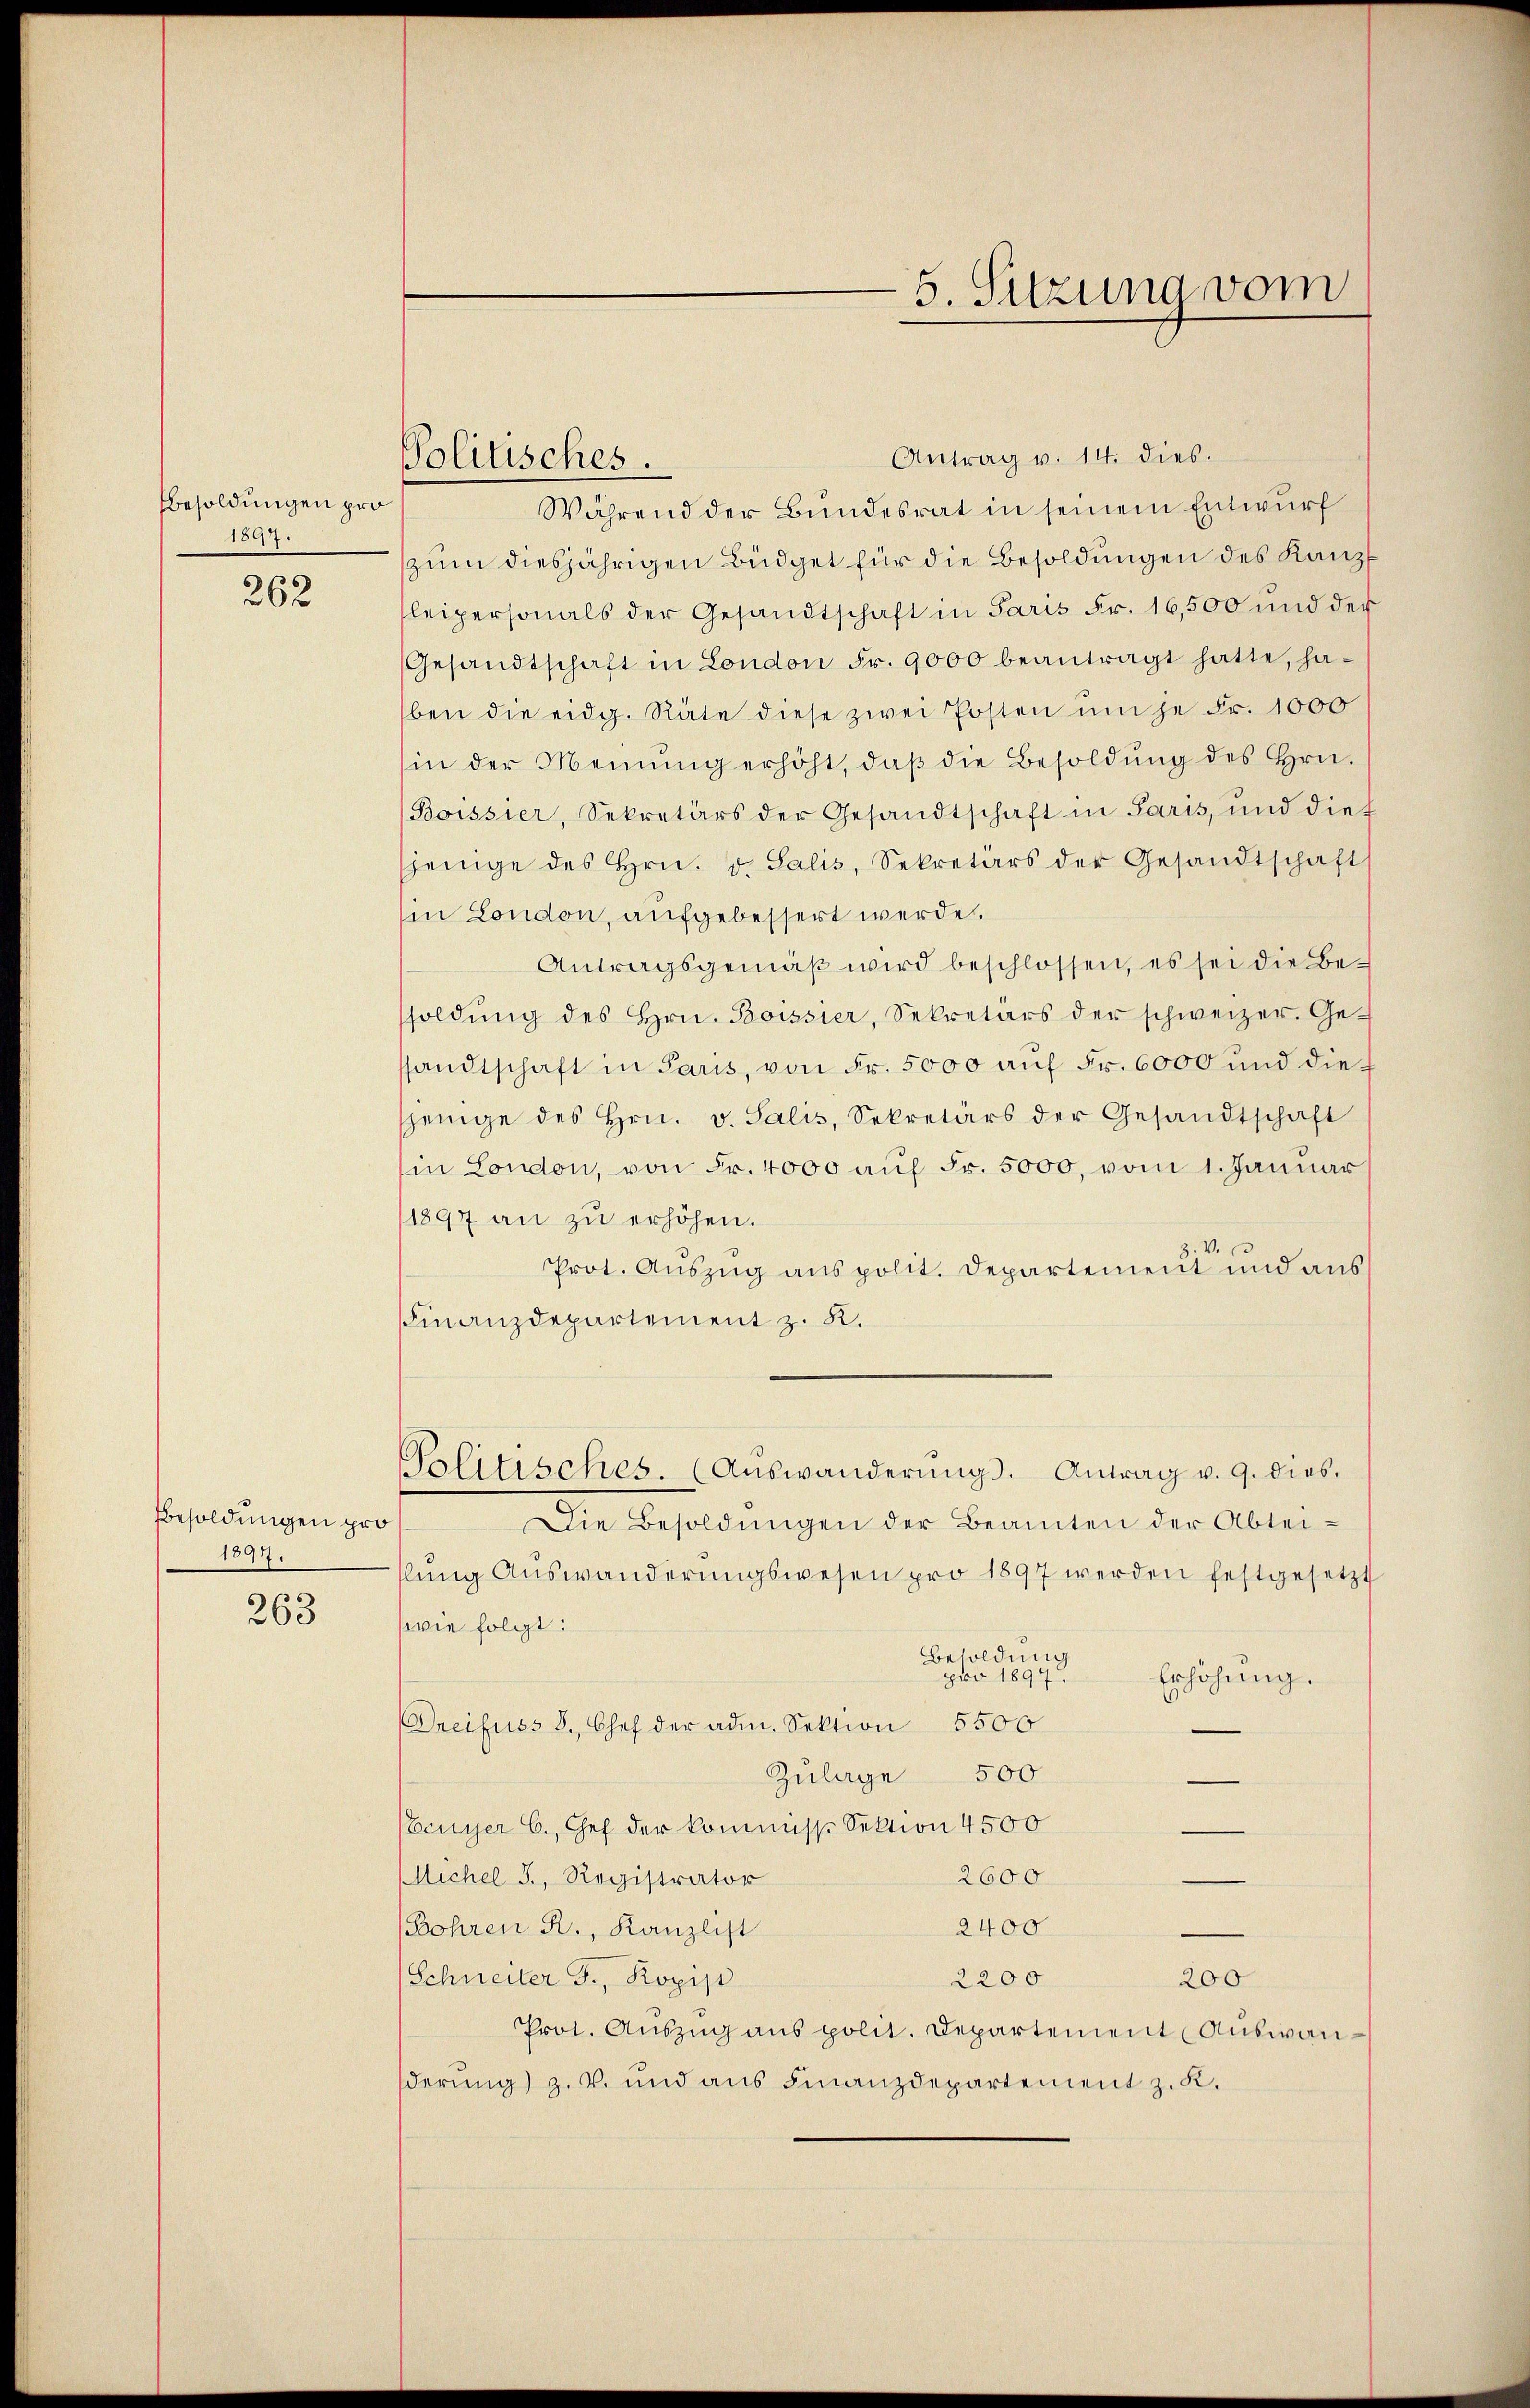
Besoldungen pro
1847.

262

Besoldungen pro
1897.

263

Politisches.

5. Sitzung vom

Antrag v. 14. dies.
Während der Bundesrat in seinem Entwurf
zŭm diesjährigen Büdget für die Besoldungen des Kanzl
leipersonals der Gesandtschaft in Paris Fr. 16,500 und der
Gesandtschaft in London Fr. 9000 beantragt hatte, haben die eidg. Räte diese zwei Posten um je Fr. 1000
hin der Meinŭng erhöht, daβ die Besoldŭng des Hrn.
Boissier, Sekretärs der Gesandtschaft in Paris, und dies
sjenige des Hrn. v. Salis, Sekretärs der Gesandtschaft
in London, aufgebessert werde.
Antragsgemäβ wird beschlossen, es sei die Besoldŭng des Hrn. Boissier, Sekretärs der schweizer. Ge-
sandtschaft in Paris, von Fr. 5000 auf Fr. 6000 und die
sjenige des Hrn. v. Salis, Sekretärs der Gesandtschaft
in London, von Fr. 4000 auf Fr. 5000, vom 1. Januar
1897 an zŭ erhöhen.
Prot. Auszug aus polit. Departement und aus
FFinanzdepartement z. K.
Politisches. (Auswanderŭngs. Antrag v. 9. dies
Die Besoldungen der Beamten der Abtei-
llŭng Auswanderŭngswesen pro 1897 werden festgesetzt
(wie folgt:
Besoldung
pro 1894.
Erhöhung.
Dreifuss 8. Chef der adm. Sektion 5500
500
Zulage
Eeuyer C. Chef der kommiss. Sektion 4500
e
Michel J., Registrator
2600.
e
2400
Bohren R., Kanzlist
Schneiter J., Kopip
2200
200
Prot. Auszug aus polit. Departement Auswanderung) z. B. und aus Finanzdepartement z. K.